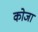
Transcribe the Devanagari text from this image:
कोजा